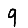
Digit: 9